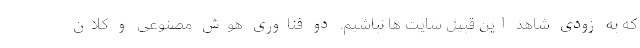
که به زودی شاهد این قبیل سایت ها نباشیم. دو فناوری هوش مصنوعی و کلان